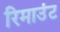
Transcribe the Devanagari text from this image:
रिमाउंट